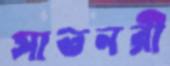
সাতনরী